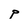
Character: p